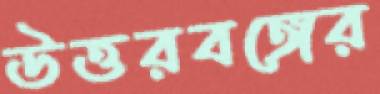
উত্তরবঙ্গের